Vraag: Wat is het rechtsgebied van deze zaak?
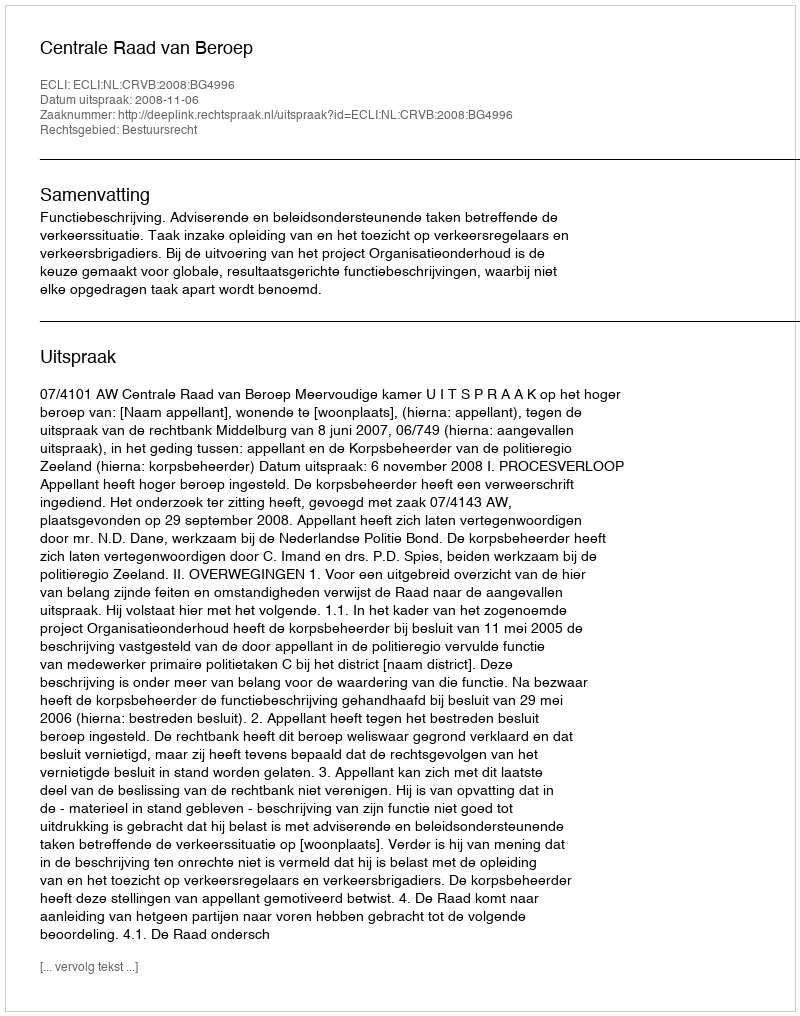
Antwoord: Bestuursrecht